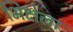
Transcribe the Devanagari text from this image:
भिक्षेला